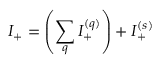
I _ { + } = \left( \sum _ { q } I _ { + } ^ { ( q ) } \right) + I _ { + } ^ { ( s ) }